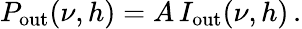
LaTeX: P_{\mathrm{out}}(\nu,h)=A\, I_{\mathrm{out}}(\nu,h)\, .